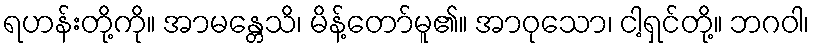
ရဟန်းတို့ကို။ အာမန္တေသိ၊ မိန့်တော်မူ၏။ အာဝုသော၊ ငါ့ရှင်တို့။ ဘဂဝါ၊